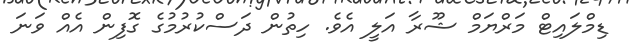
ޑިމްލައިޓް މަރްޔަމް ޝޫރާ އަލީ އެވެ. ހިތުން ދަސްކުރުމުގެ ގޮފިން އެއް ވަނަ